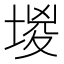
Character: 堫